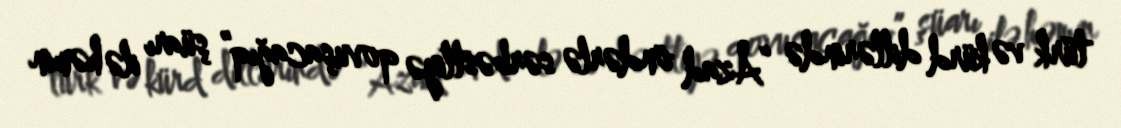
türk və kürd dillərində “Azad öndərlə sərbəstliyə qovuşacağıq” şüarı ilə həmin